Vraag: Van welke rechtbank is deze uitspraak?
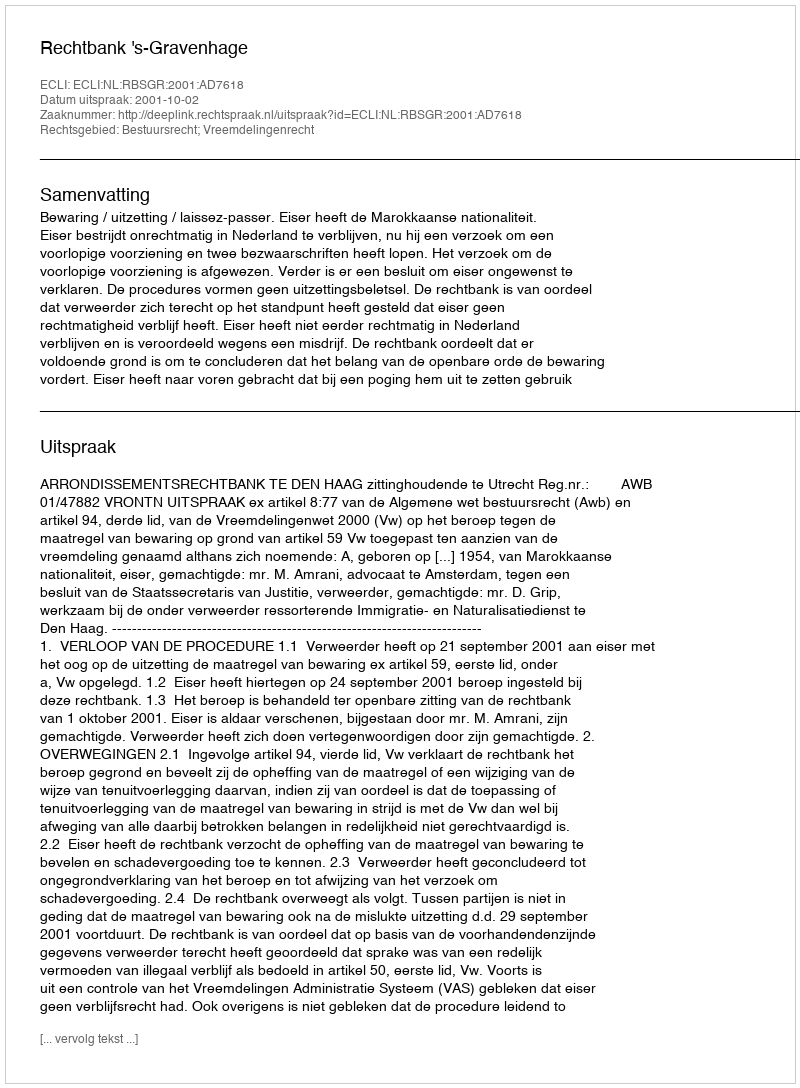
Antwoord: Rechtbank 's-Gravenhage